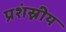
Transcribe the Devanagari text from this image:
प्रशंस्नीय